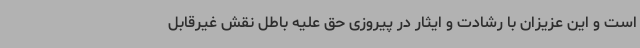
است و این عزیزان با رشادت و ایثار در پیروزی حق علیه باطل نقش غیرقابل